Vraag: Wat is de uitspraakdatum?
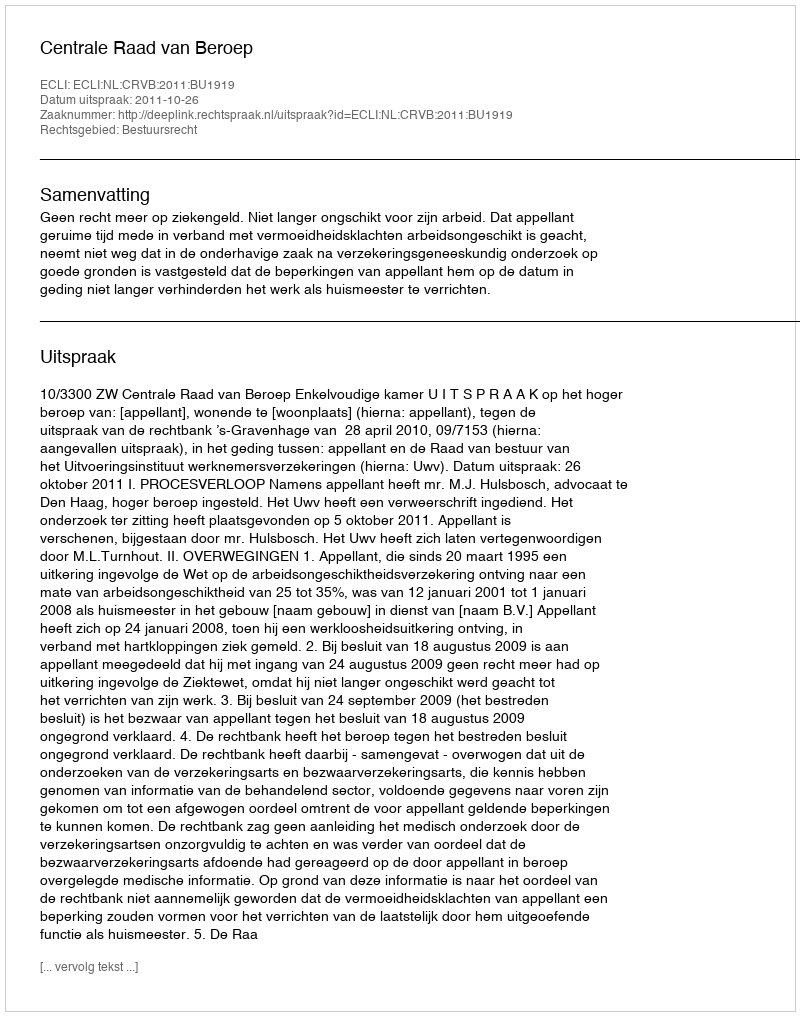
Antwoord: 2011-10-26